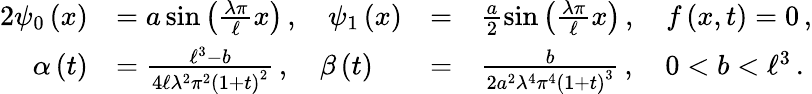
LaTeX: \begin{array}{rlrl}{{2}{\psi}_{0}\left(x\right)}&{={a}\sin\left(\frac{\lambda\pi}{\ell}x\right)\, ,\quad{\psi}_{1}\left(x\right)}&{=}&{\frac{a}{2}\sin\left(\frac{\lambda\pi}{\ell}x\right)\, ,\quad f\left(x,t\right)=0\, ,}\\ {\alpha\left(t\right)}&{=\frac{{\ell}^{3}-b}{4\ell{\lambda}^{2}{\pi}^{2}{\left(1+t\right)}^{2}}\, ,\quad\beta\left(t\right)}&{=}&{\frac{b}{2{a}^{2}{\lambda}^{4}{\pi}^{4}{\left(1+t\right)}^{3}}\, ,\quad 0<b<{\ell}^{3}\, .}\end{array}